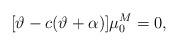
LaTeX: \begin{gather*}[ \vartheta-c(\vartheta+\alpha) ] \mu_{0}^{M}=0,\end{gather*}